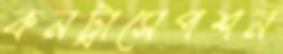
কনট্রাসেপশন